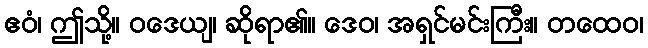
ဧဝံ၊ ဤသို့။ ဝဒေယျ၊ ဆိုရာ၏။ ဒေဝ၊ အရှင်မင်းကြီး။ တထေဝ၊